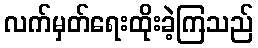
လက်မှတ်ရေးထိုးခဲ့ကြသည်